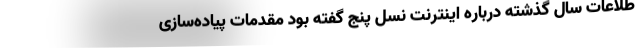
طلاعات سال گذشته درباره اینترنت نسل پنج‌ گفته بود مقدمات پیاده‌سازی